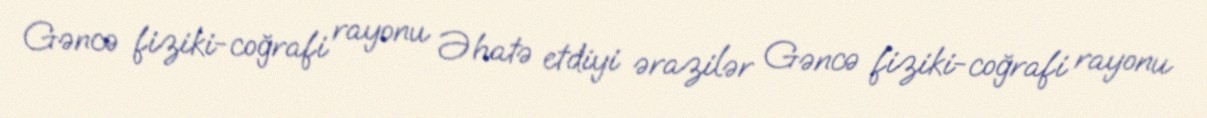
Gəncə fiziki-coğrafi rayonu Əhatə etdiyi ərazilər Gəncə fiziki-coğrafi rayonu